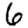
Digit: 6